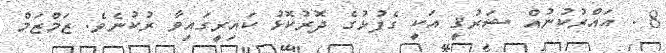
8 . އައްރުކުނުއް ޝަރުޤީ އަކީ ގެފުޅުގެ ދޮރުކޮޅު ކައިރީގައިވާ ރުކުނެވެ. ޒަމްޒަމް